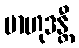
ဗာဟုဒန္တီ